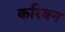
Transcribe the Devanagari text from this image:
करिबन